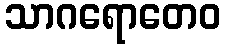
သာဂရောတေဝ